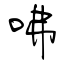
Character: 咈